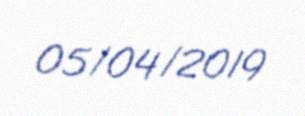
05/04/2019